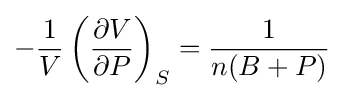
-{\frac {1}{V}}\left({\frac {\partial V}{\partial P}}\right)_{S}={\frac {1}{n(B+P)}}